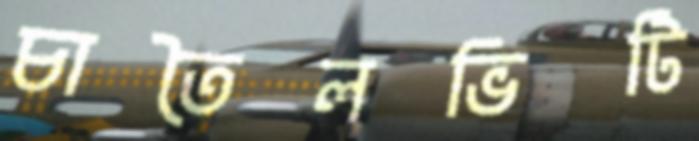
চাতৈলভিটি